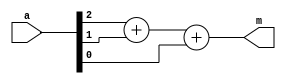
`timescale 1ns / 1ps
module Single_FA(
    	input [2:0] a,
    	output [1:0] m
    );

    assign m = a[2] + a[1] + a[0];
 
endmodule